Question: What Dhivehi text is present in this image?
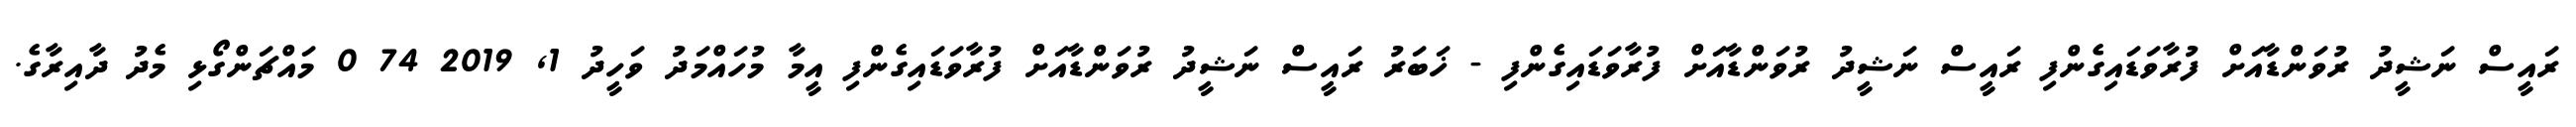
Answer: ރައީސް ނަޝީދު ރުވަންޑާއަށް ފުރާވަޑައިގެންފި ރައީސް ނަޝީދު ރުވަންޑާއަށް ފުރާވަޑައިގެންފި - ޚަބަރު ރައީސް ނަޝީދު ރުވަންޑާއަށް ފުރާވަޑައިގެންފި އީމާ މުހައްމަދު ވަހީދު 1, 2019 74 0 މައްޗަންގޯޅި މެދު ދާއިރާގެ.